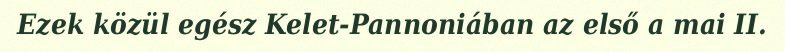
Ezek közül egész Kelet-Pannoniában az első a mai II.